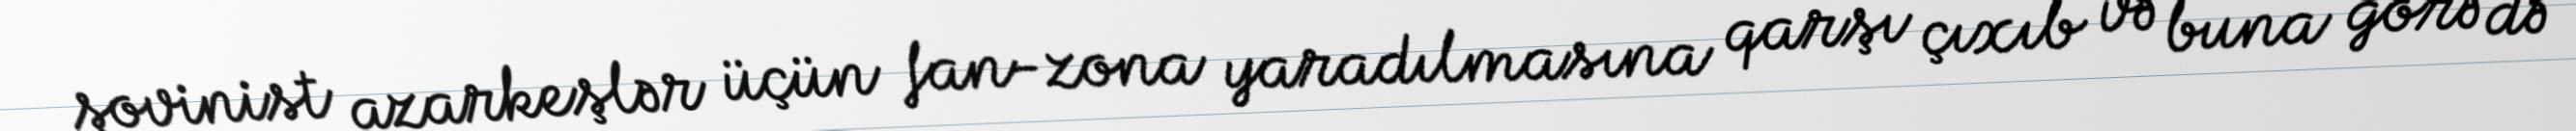
şovinist azarkeşlər üçün fan-zona yaradılmasına qarşı çıxıb və buna görə də